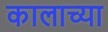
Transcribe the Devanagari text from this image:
कालाच्या